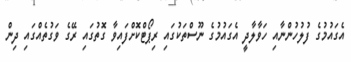
އެގައުމުގެ ފުލުހުންނާއި ހަވާލާދީ އެގައުމުގެ ނޫސްތަކުގައި ރިޕޯޓްކޮށްފައިވާ ގޮތުގައި ރޭގެ ވަގުތެއްގައި ދިން